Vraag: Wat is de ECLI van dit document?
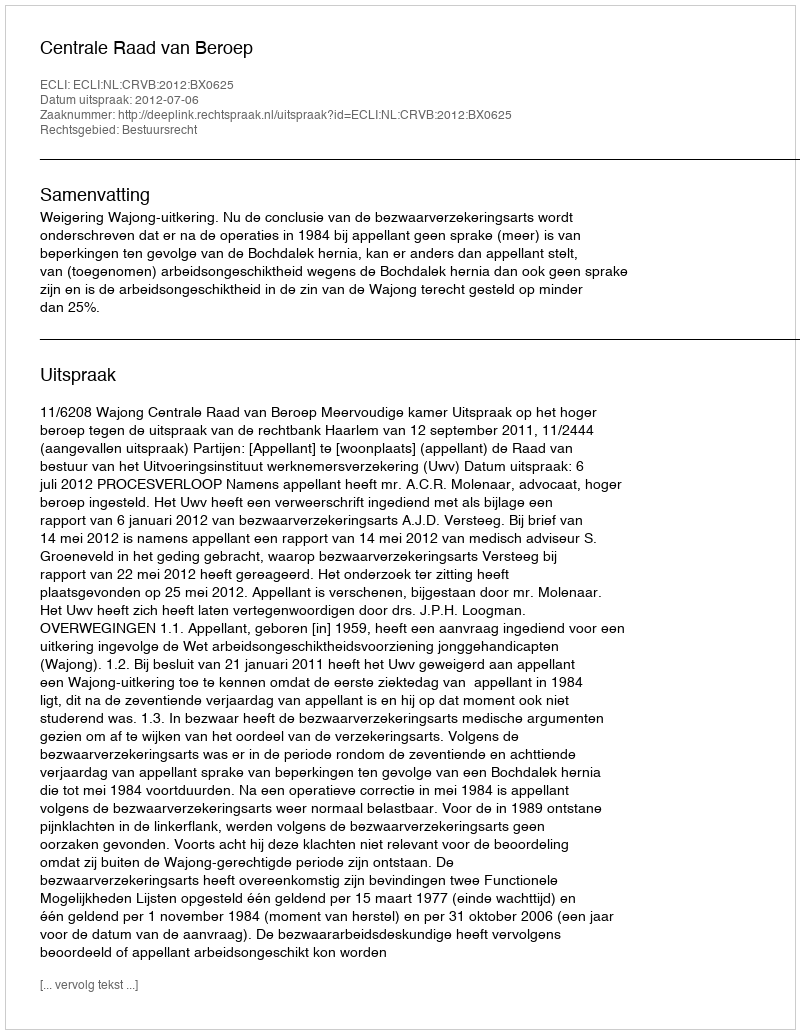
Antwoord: ECLI:NL:CRVB:2012:BX0625